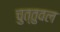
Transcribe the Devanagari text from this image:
चुत्तुवल